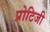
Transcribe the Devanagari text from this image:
प्रोटिजी